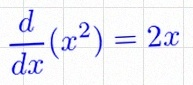
\frac{d}{dx}(x^2)=2x